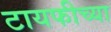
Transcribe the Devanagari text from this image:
टायफीच्या